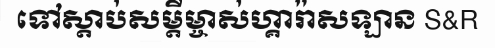
ទៅស្តាប់សម្តីម្ចាស់ហ្គារ៉ាសឡាន S&R